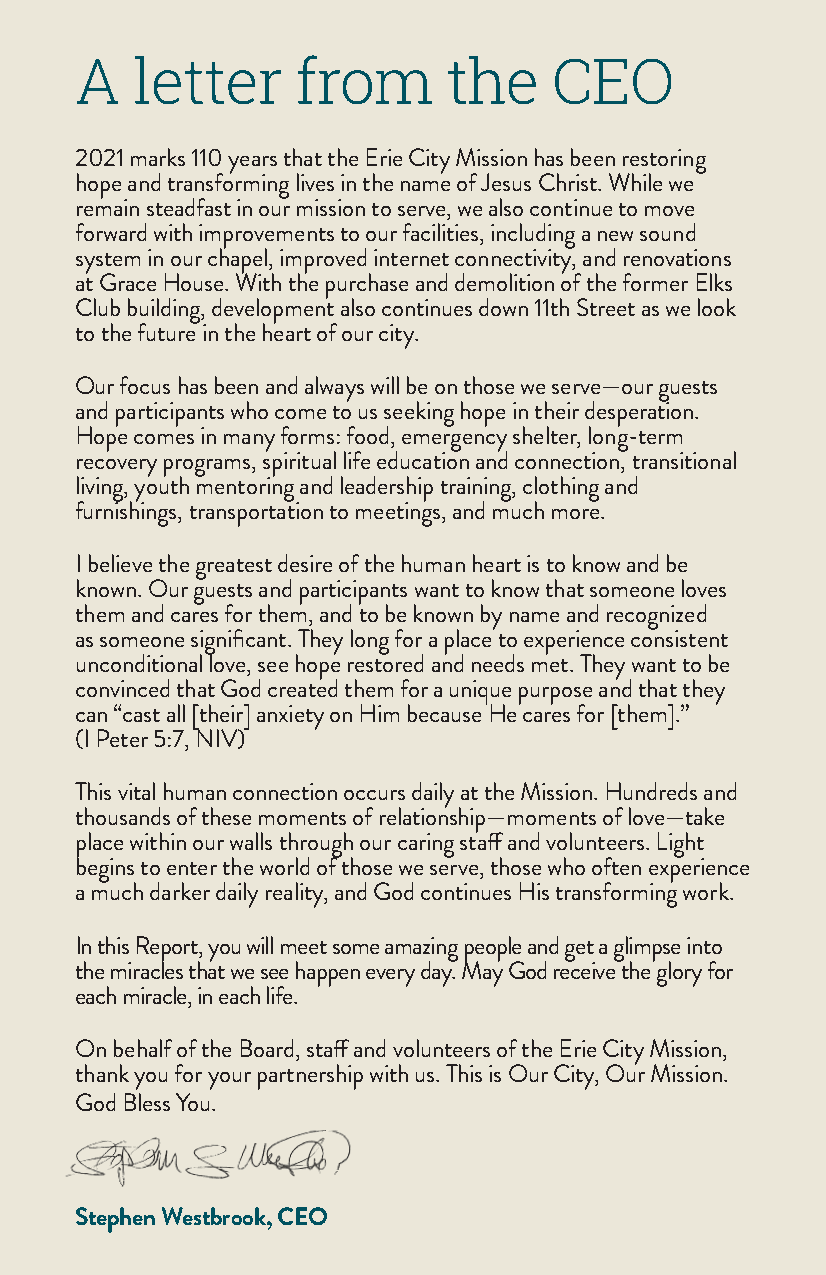
A   letter     from      the   CEO
 2021 marks 110 years that the Erie City Mission has been restoring
 hope and transforming lives in the name of Jesus Christ. While we
 remain steadfast in our mission to serve, we also continue to move
 forward with improvements to our facilities, including a new sound
 system in our chapel, improved internet connectivity, and renovations
 at Grace House. With the purchase and demolition of the former Elks
 Club building, development also continues down 11th Street as we look
 to the future in the heart of our city.
 Our focus has been and always will be on those we serve—our guests
 and participants who come to us seeking hope in their desperation.
 Hope comes in many forms: food, emergency shelter, long-term
 recovery programs, spiritual life education and connection, transitional
 living, youth mentoring and leadership training, clothing and
 furnishings, transportation to meetings, and much more.
 I believe the greatest desire of the human heart is to know and be
 known. Our guests and participants want to know that someone loves
 them and cares for them, and to be known by name and recognized
 as someone significant. They long for a place to experience consistent
 unconditional love, see hope restored and needs met. They want to be
 convinced that God created them for a unique purpose and that they
 can “cast all [their] anxiety on Him because He cares for [them].”
 (I Peter 5:7, NIV)
 This vital human connection occurs daily at the Mission. Hundreds and
 thousands of these moments of relationship—moments of love—take
 place within our walls through our caring staff and volunteers. Light
 begins to enter the world of those we serve, those who often experience
 a much darker daily reality, and God continues His transforming work.
 In this Report, you will meet some amazing people and get a glimpse into
 the miracles that we see happen every day. May God receive the glory for
 each miracle, in each life.
 On behalf of the Board, staff and volunteers of the Erie City Mission,
 thank you for your partnership with us. This is Our City, Our Mission.
 God Bless You.
 Stephen Westbrook, CEO